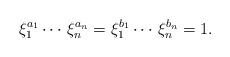
\begin{align*} \xi_1^{a_1} \cdots \, \xi_n^{a_n}=\xi_1^{b_1} \cdots \, \xi_n^{b_n}=1. \end{align*}